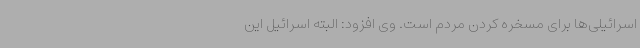
اسرائیلی‌ها برای مسخره کردن مردم است. وی افزود: البته اسرائیل این